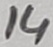
Text: 14